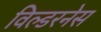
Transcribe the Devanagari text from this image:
विल्डरनेस